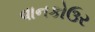
વાનકોઉર